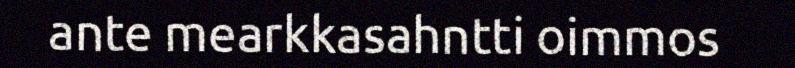
ante mearkkasahntti oimmos